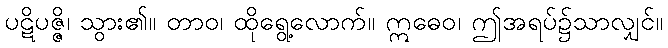
ပဋိပဇ္ဇိ၊ သွား၏။ တာဝ၊ ထိုရွေ့လောက်။ ဣဓေဝ၊ ဤအရပ်၌သာလျှင်။